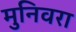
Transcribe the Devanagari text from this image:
मुनिवरा